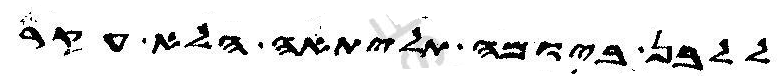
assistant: ללבן ביומה תליתאה הלא עקר